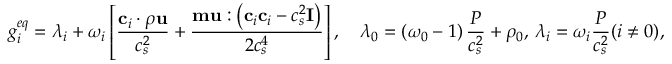
g _ { i } ^ { e q } = \lambda _ { i } + \omega _ { i } \left[ \frac { \mathbf { c } _ { i } \cdot \rho \mathbf { u } } { c _ { s } ^ { 2 } } + \frac { \mathbf { m } \mathbf { u } : \left( \mathbf { c } _ { i } \mathbf { c } _ { i } - c _ { s } ^ { 2 } \mathbf { I } \right) } { 2 c _ { s } ^ { 4 } } \right] , \quad \lambda _ { 0 } = \left( \omega _ { 0 } - 1 \right) \frac { P } { c _ { s } ^ { 2 } } + \rho _ { 0 } , \, \lambda _ { i } = \omega _ { i } \frac { P } { c _ { s } ^ { 2 } } ( i \neq 0 ) ,